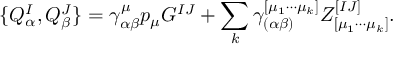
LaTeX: \{ Q _ { \alpha } ^ { I } , Q _ { \beta } ^ { J } \} = \gamma _ { \alpha \beta } ^ { \mu } p _ { \mu } G ^ { I J } + \sum _ { k } \gamma _ { ( \alpha \beta ) } ^ { [ \mu _ { 1 } \cdots \mu _ { k } ] } Z _ { [ \mu _ { 1 } \cdots \mu _ { k } ] } ^ { [ I J ] } .